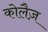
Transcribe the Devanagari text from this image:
कोलैज़